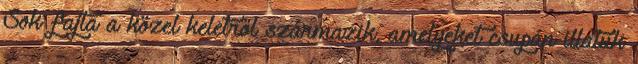
Sok fajta a közel keletről származik, amelyeket csupán illatuk